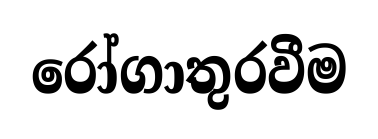
රෝගාතුරවීම